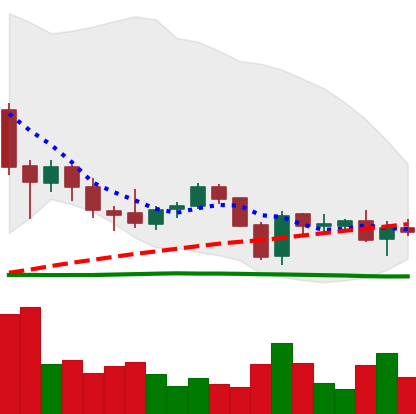
Ticker: EOS-USD
Chart end date: 2018-05-30
Forward return: 12.752%
Label: up_7plus